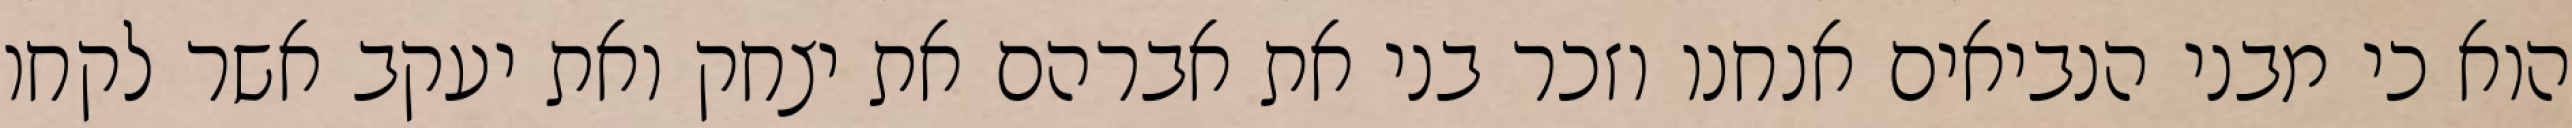
הוא כי מבני הנביאים אנחנו וזכר בני את אברהם את יצחק ואת יעקב אשר לקחו